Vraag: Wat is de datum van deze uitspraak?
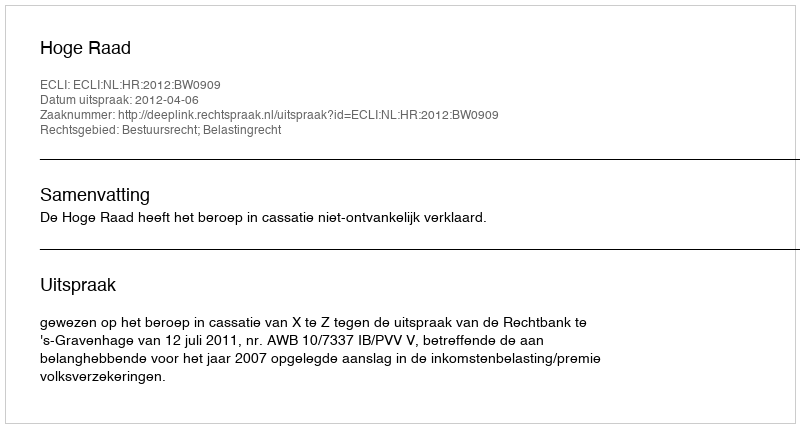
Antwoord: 2012-04-06